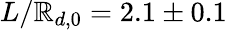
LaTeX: L/\mathbb{R}_{d,0}=2.1\pm0.1